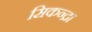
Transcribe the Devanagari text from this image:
सिकन्द्रा